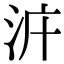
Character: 𣳝